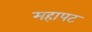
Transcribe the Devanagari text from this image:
महापट